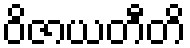
ဝိဇာယတီတိ